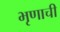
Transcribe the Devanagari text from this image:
भृणाची